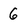
Character: 6